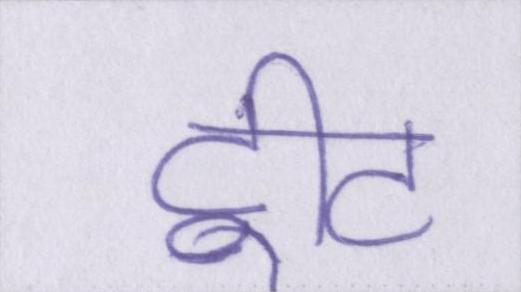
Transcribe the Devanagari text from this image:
ट्वीट